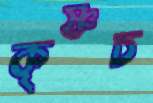
কৃষ্ণচ